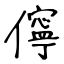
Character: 儜